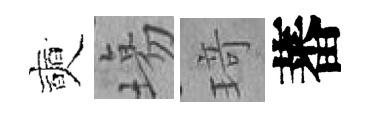
奭塲𤦺蕃